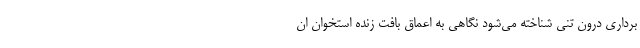
برداری درون تنی شناخته می‌شود نگاهی به اعماق بافت زنده استخوان ان